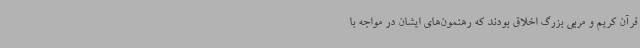
قرآن کریم و مربی بزرگ اخلاق بودند که رهنمون‌های ایشان در مواجه با